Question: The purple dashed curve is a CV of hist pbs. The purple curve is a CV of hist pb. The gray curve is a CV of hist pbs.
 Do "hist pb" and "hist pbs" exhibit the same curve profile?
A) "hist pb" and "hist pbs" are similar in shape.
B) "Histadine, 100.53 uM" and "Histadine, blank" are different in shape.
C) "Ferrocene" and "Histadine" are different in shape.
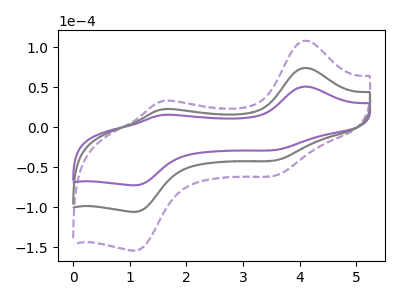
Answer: <think>The purple dashed curve "hist pbs" has anodic peaks at (4.10V, 148.65uA) (1.55V, 44.75uA) and cathodic peaks at (3.55V, -82.85uA) (1.10V, -211.80uA). The purple curve "hist pb" has anodic peaks at (4.10V, 50.95uA) (1.55V, 15.35uA) and cathodic peaks at (3.55V, -28.40uA) (1.10V, -72.60uA). The gray curve "hist pbs" has anodic peaks at (4.10V, 74.35uA) (1.55V, 22.35uA) and cathodic peaks at (3.55V, -41.40uA) (1.10V, -105.90uA).
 All the peaks in "hist pb" have a peak in "hist pbs" at the same potential. Every peak in "hist pb" is lower than every peak in "hist pbs".</think>
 <answer>A) "hist pb" and "hist pbs" are similar in shape.</answer>
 <eval>A</eval>